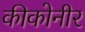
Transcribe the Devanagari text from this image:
कीकोनीर